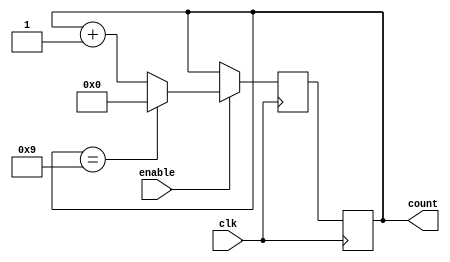
module BCD_Up_Counter_Enable (
    input wire clk,        // Clock input
    input wire enable,     // Enable signal input
    output reg [3:0] count // BCD count output
);

reg [3:0] next_count;

always @(posedge clk) begin
    if (enable) begin
        if (count == 4'b1001) begin
            next_count <= 4'b0000;
        end else begin
            next_count <= count + 4'b0001;
        end
    end else begin
        next_count <= count;
    end
end

always @(posedge clk) begin
    count <= next_count;
end

endmodule